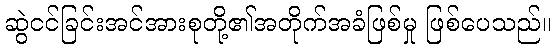
ဆွဲငင်ခြင်းအင်အားစုတို့၏အတိုက်အခံဖြစ်မှု ဖြစ်ပေသည်။